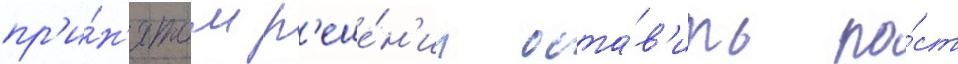
пр'и́н'ятом р'еше́н'ии оста́в'ить по́ст